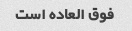
فوق العاده است